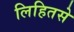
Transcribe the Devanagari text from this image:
लिहितसे